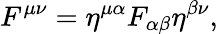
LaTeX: F^{\mu\nu}=\eta^{\mu\alpha}F_{\alpha\beta}\eta^{\beta\nu},